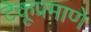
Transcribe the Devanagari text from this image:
टेकूप्रमाणे